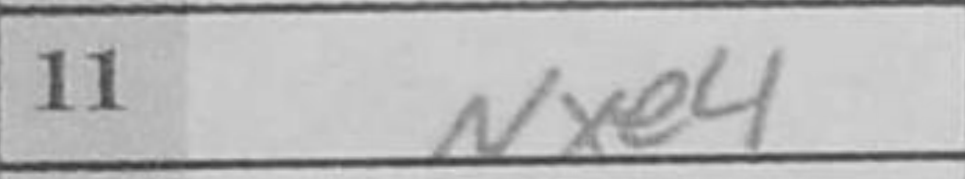
Transcription: Nxe4